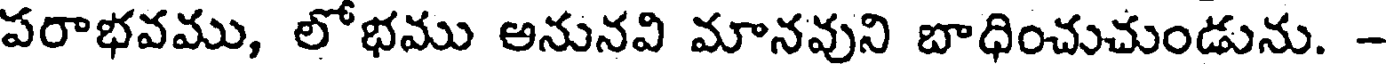
పరాభవము, లోభము అనునవి మానవుని బాధించుచుండును. -